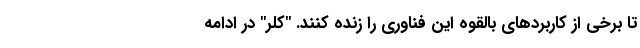
تا برخی از کاربردهای بالقوه این فناوری را زنده کنند. "کلر" در ادامه